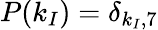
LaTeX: P(k_{I})=\delta_{k_{I},7}